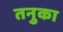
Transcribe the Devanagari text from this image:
तनुका